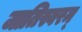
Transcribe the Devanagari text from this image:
जातिस्वरम्